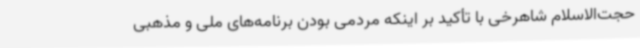
حجت‌الاسلام شاهرخی با تأکید بر اینکه مردمی بودن برنامه‌های ملی و مذهبی